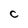
Character: C